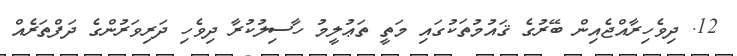
12. ދިވެހިރާއްޖެއިން ބޭރުގެ ޤައުމުތަކުގައި މަތީ ތަޢުލީމު ހާސިލުކުރާ ދިވެހި ދަރިވަރުންގެ ދަފްތަރެއް